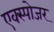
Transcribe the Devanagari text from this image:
एक्‍स्पोजर